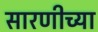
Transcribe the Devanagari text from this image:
सारणीच्या